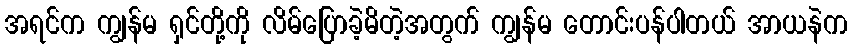
အရင်က ကျွန်မ ရှင်တို့ကို လိမ်ပြောခဲ့မိတဲ့အတွက် ကျွန်မ တောင်းပန်ပါတယ် အာယနဲက